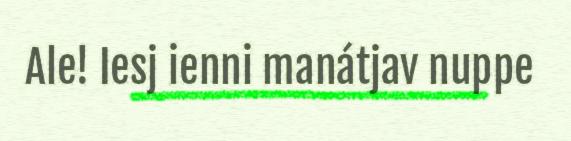
Ale! Iesj ienni manátjav nuppe